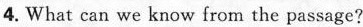
4. What can we know from the passage?